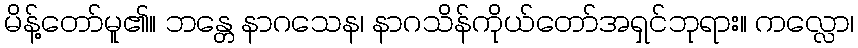
မိန့်တော်မူ၏။ ဘန္တေ နာဂသေန၊ နာဂသိန်ကိုယ်တော်အရှင်ဘုရား။ ကလ္လော၊